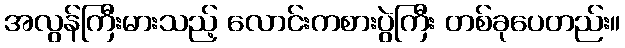
အလွန်ကြီးမားသည့် လောင်းကစားပွဲကြီး တစ်ခုပေတည်း။